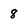
Character: 8